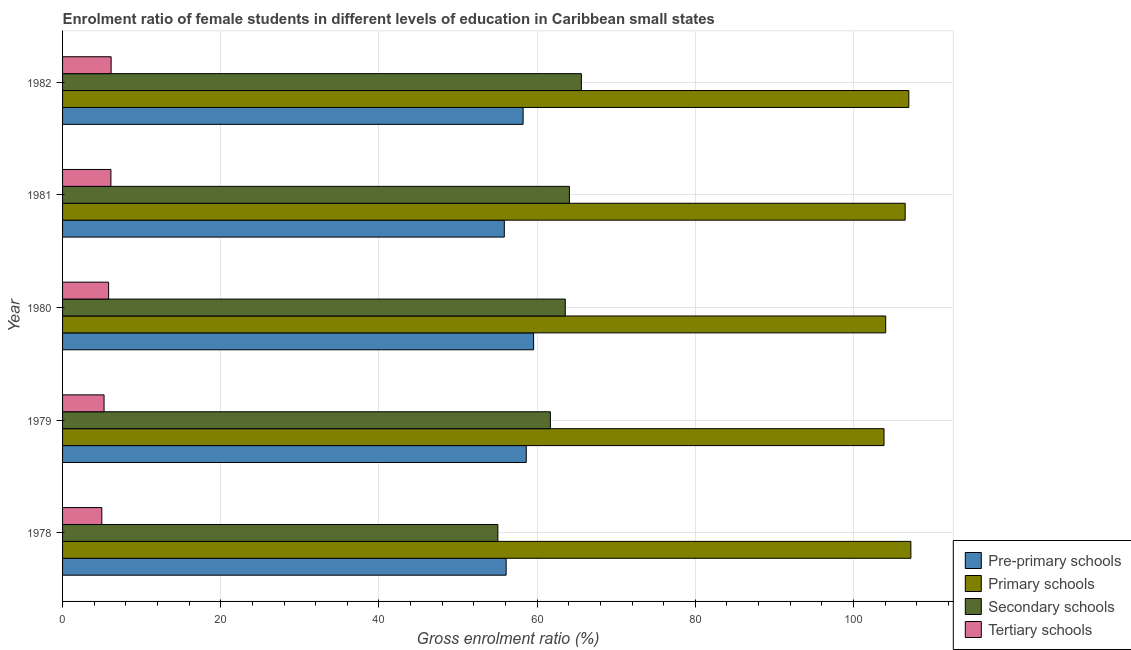
| Year | Pre-primary schools | Primary schools | Secondary schools | Tertiary schools |
 | --- | --- | --- | --- | --- |
 | 1978 | 56.1 | 107 | 55 | 4.96 |
 | 1979 | 58.6 | 104 | 61.7 | 5.25 |
 | 1980 | 59.6 | 104 | 63.6 | 5.82 |
 | 1981 | 55.9 | 107 | 64.1 | 6.11 |
 | 1982 | 58.2 | 107 | 65.6 | 6.14 |